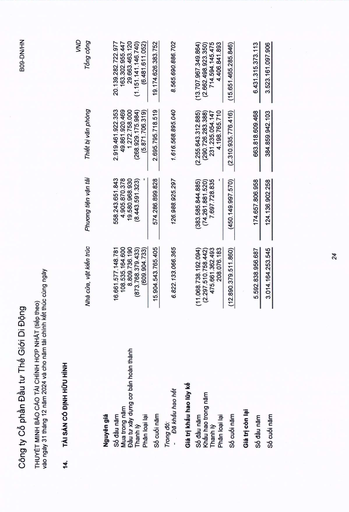
||Nhà cửa, vật kiến trúc|Phương tiện vận tải|Thiết bị văn phòng|VND Tổng cộng| |---|---|---|---|---| |Nguyên giá||||| |Số đầu năm|16.661.577.148.781|558.243.651.843|2.919.461.922.353|20.139.282.722.977| |Mua trong năm|108.535.164.600|4.905.870.378|49.861.920.469|163.302.955.447| |Đầu tư xây dựng cơ bản hoàn thành|8.809.736.190|19.580.968.930|1.272.758.000|29.663.463.120| |Thanh lý|(873.768.379.433)|(8.443.591.323)|(268.929.175.984)|(1.151.141.146.740)| |Phân loại lại|(609.904.733)|-|(5.871.706.319)|(6.481.611.052)| |Số cuối năm|15.904.543.765.405|574.286.899.828|2.695.795.718.519|19.174.626.383.752| |Trong đó: - Đã khấu hao hết|6.822.133.066.365|126.988.925.297|1.616.568.895.040|8.565.690.886.702| |Giá trị khấu hao lũy kế||||| |Số đầu năm|(11.068.738.192.094)|(383.585.844.885)|(2.255.643.312.885)|(13.707.967.349.864)| |Khấu hao trong năm|(2.297.510.758.442)|(74.261.881.520)|(290.726.283.388)|(2.662.498.923.350)| |Thanh lý|475.661.362.493|7.697.728.835|231.235.054.147|714.594.145.475| |Phân loại lại|208.076.183|-|4.198.765.710|4.406.841.893| |Số cuối năm|(12.890.379.511.860)|(450.149.997.570)|(2.310.935.776.416)|(15.651.465.285.846)| |Giá trị còn lại||||| |Số đầu năm|5.592.838.956.687|174.657.806.958|663.818.609.468|6.431.315.373.113| |Số cuối năm|3.014.164.253.545|124.136.902.258|384.859.942.103|3.523.161.097.906|